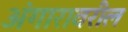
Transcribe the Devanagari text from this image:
अंगारावरील